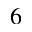
^ 6